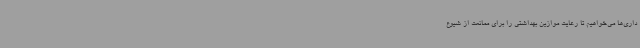
داری‌ها می‌خواهیم تا رعایت موازین بهداشتی را برای ممانعت از شیوع